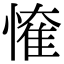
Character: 𢟠